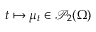
t \mapsto \mu _ { t } \in \mathscr { P } _ { 2 } ( \Omega )